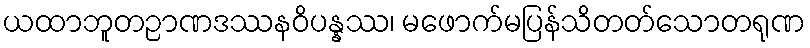
ယထာဘူတဉာဏဒဿနဝိပန္နဿ၊ မဖောက်မပြန်သိတတ်သောတရုဏ